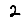
Digit: 2